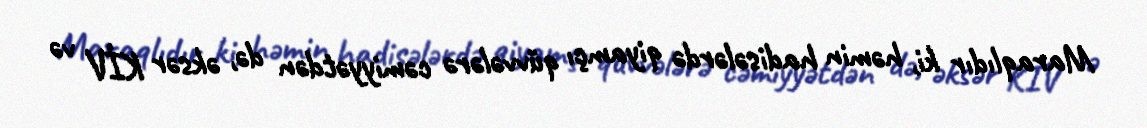
Maraqlıdır ki, həmin hadisələrdə qiyamçı qüvvələrə cəmiyyətdən də, əksər KİV və